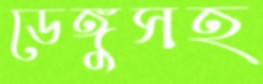
ডেঙ্গুসহ